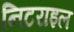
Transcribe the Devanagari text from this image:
निटराइल